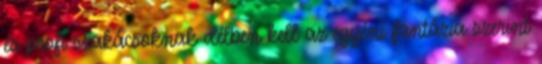
és profi szakácsoknak délben kell az egyéni fantázia szerint